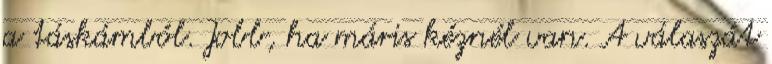
a táskámból. Jobb, ha máris kéznél van. A válaszát